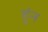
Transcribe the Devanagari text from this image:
हुंन